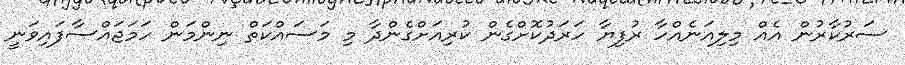
ސަރުކާރުން އެއް މިލިއަނެއްހާ ރުފިޔާ ހަރަދުކޮށްގެން ކުރިއަށްގެންދާ މި މަސައްކަތް ނިންމަން ހަމަޖައްސާފައިވަނީ